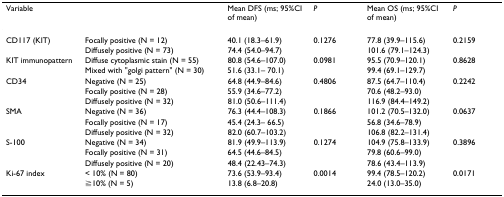
<table><thead><tr><td><b>Variable</b></td><td></td><td><b>Mean DFS (ms; 95%CI of mean)</b></td><td><b><i>P</i></b></td><td><b>Mean OS (ms; 95%CI of mean)</b></td><td><b><i>P</i></b></td></tr></thead><tbody><tr><td>CD117 (KIT)</td><td>Focally positive (N = 12)</td><td>40.1 (18.3–61.9)</td><td>0.1276</td><td>77.8 (39.9–115.6)</td><td>0.2159</td></tr><tr><td></td><td>Diffusely positive (N = 73)</td><td>74.4 (54.0–94.7)</td><td></td><td>101.6 (79.1–124.3)</td><td></td></tr><tr><td>KIT immunopattern</td><td>Diffuse cytoplasmic stain (N = 55)</td><td>80.8 (54.6–107.0)</td><td>0.0981</td><td>95.5 (70.9–120.1)</td><td>0.8628</td></tr><tr><td></td><td>Mixed with &quot;golgi pattern&quot; (N = 30)</td><td>51.6 (33.1– 70.1)</td><td></td><td>99.4 (69.1–129.7)</td><td></td></tr><tr><td>CD34</td><td>Negative (N = 25)</td><td>64.8 (44.9–84.6)</td><td>0.4806</td><td>87.5 (64.7–110.4)</td><td>0.2242</td></tr><tr><td></td><td>Focally positive (N = 28)</td><td>55.9 (34.6–77.2)</td><td></td><td>70.6 (48.2–93.0)</td><td></td></tr><tr><td></td><td>Diffusely positive (N = 32)</td><td>81.0 (50.6–111.4)</td><td></td><td>116.9 (84.4–149.2)</td><td></td></tr><tr><td>SMA</td><td>Negative (N = 36)</td><td>76.3 (44.4–108.3)</td><td>0.1866</td><td>101.2 (70.5–132.0)</td><td>0.0637</td></tr><tr><td></td><td>Focally positive (N = 17)</td><td>45.4 (24.3– 66.5)</td><td></td><td>56.8 (34.6–78.9)</td><td></td></tr><tr><td></td><td>Diffusely positive (N = 32)</td><td>82.0 (60.7–103.2)</td><td></td><td>106.8 (82.2–131.4)</td><td></td></tr><tr><td>S-100</td><td>Negative (N = 34)</td><td>81.9 (49.9–113.9)</td><td>0.1274</td><td>104.9 (75.8–133.9)</td><td>0.3896</td></tr><tr><td></td><td>Focally positive (N = 31)</td><td>64.5 (44.6–84.5)</td><td></td><td>79.8 (60.6–99.0)</td><td></td></tr><tr><td></td><td>Diffusely positive (N = 20)</td><td>48.4 (22.43–74.3)</td><td></td><td>78.6 (43.4–113.9)</td><td></td></tr><tr><td>Ki-67 index</td><td>&lt; 10% (N = 80)</td><td>73.6 (53.9–93.4)</td><td>0.0014</td><td>99.4 (78.5–120.2)</td><td>0.0171</td></tr><tr><td></td><td>≧10% (N = 5)</td><td>13.8 (6.8–20.8)</td><td></td><td>24.0 (13.0–35.0)</td><td></td></tr></tbody></table>